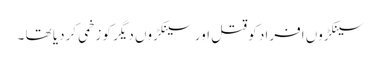
سینکڑوں افراد کو قتل اور سینکڑوں دیگر کو زخمی کردیا تھا ۔